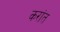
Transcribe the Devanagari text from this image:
करांत